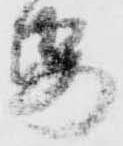
紙